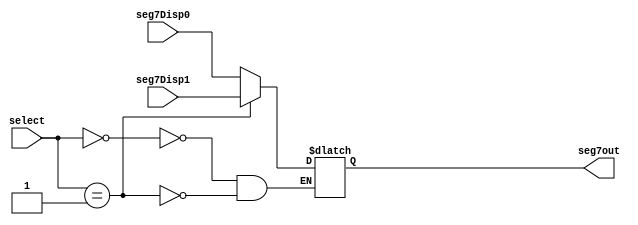
`timescale 1ns / 1ps

module MUX4to1(seg7Disp0, seg7Disp1, select, seg7out);

input [1:0] select;

input [6:0] seg7Disp0, seg7Disp1;

output reg [6:0] seg7out;

always @(select, seg7Disp0, seg7Disp1)
begin
    case (select)
        0   :   seg7out = seg7Disp0;   //Display 0 (seconds, one's place)
        1   :   seg7out = seg7Disp1;   //Display 1 (seconds, ten's place)
        
    endcase
end
endmodule